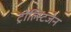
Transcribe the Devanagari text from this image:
ट्रोल्स्टिजेन